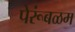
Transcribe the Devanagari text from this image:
पेरूंबळम